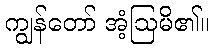
ကျွန်တော် အံ့ဩမိ၏။